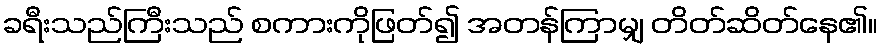
ခရီးသည်ကြီးသည် စကားကိုဖြတ်၍ အတန်ကြာမျှ တိတ်ဆိတ်နေ၏။